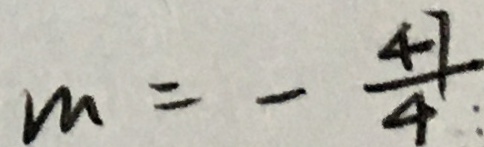
m = - \frac { 4 7 } { 4 } :